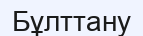
Бұлттану